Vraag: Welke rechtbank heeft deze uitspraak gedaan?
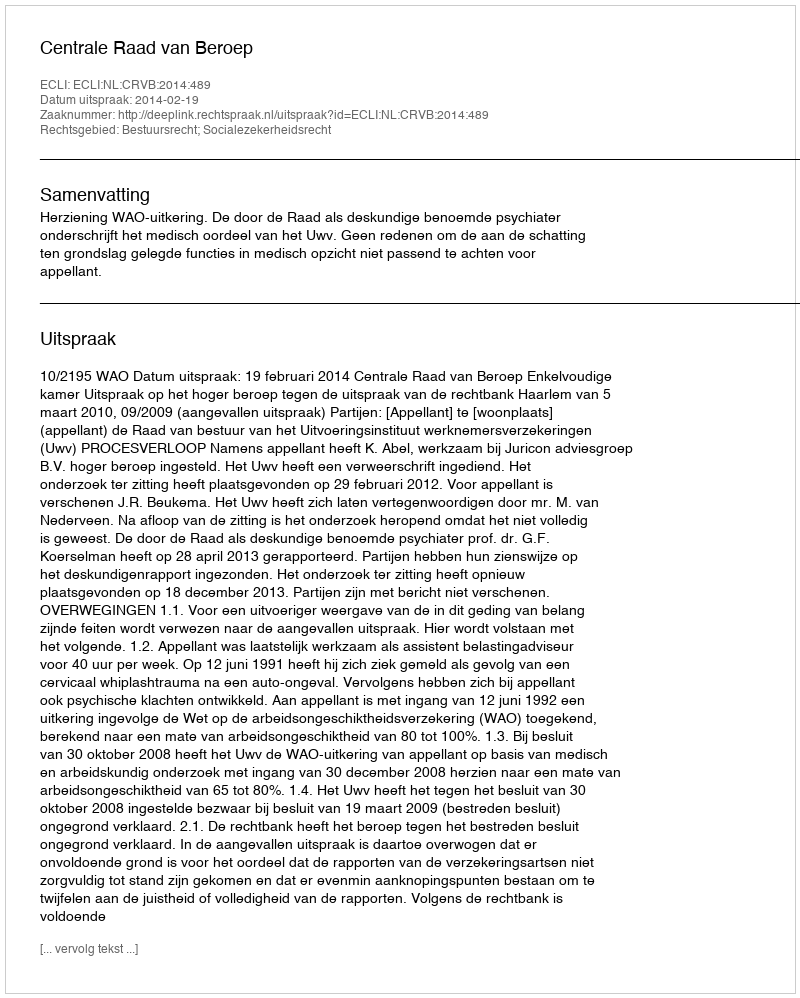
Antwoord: Centrale Raad van Beroep